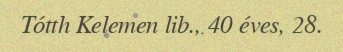
Tótth Kelemen lib., 40 éves, 28.